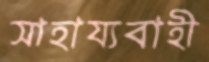
সাহায্যবাহী